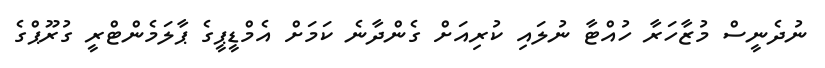
ނުދެނީސް މުޒާހަރާ ހުއްޓާ ނުލައި ކުރިއަށް ގެންދާނެ ކަމަށް އެމްޑީޕީގެ ޕާލަމެންޓްރީ ގުރޫޕްގެ